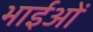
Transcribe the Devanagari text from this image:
भाईओं